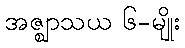
အဇ္ဈာသယ ၆-မျိုး